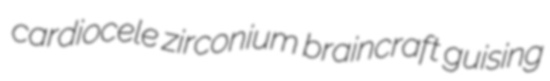
cardiocele zirconium braincraft guising